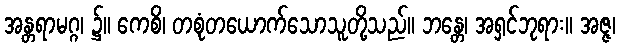
အန္တရာမဂ္ဂ၊ ၌။ ကေစိ၊ တစုံတယောက်သောသူတို့သည်။ ဘန္တေ၊ အရှင်ဘုရား။ အဇ္ဇ၊